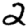
Digit: 2